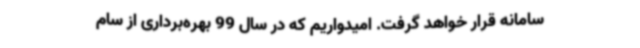
سامانه قرار خواهد گرفت. امیدواریم که در سال 99 بهره‌برداری از سام